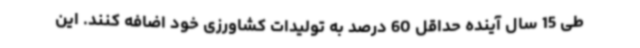
طی 15 سال آینده حداقل 60 درصد به تولیدات کشاورزی خود اضافه کنند. این